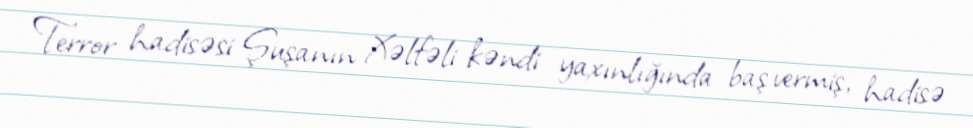
Terror hadisəsi Şuşanın Xəlfəli kəndi yaxınlığında baş vermiş, hadisə